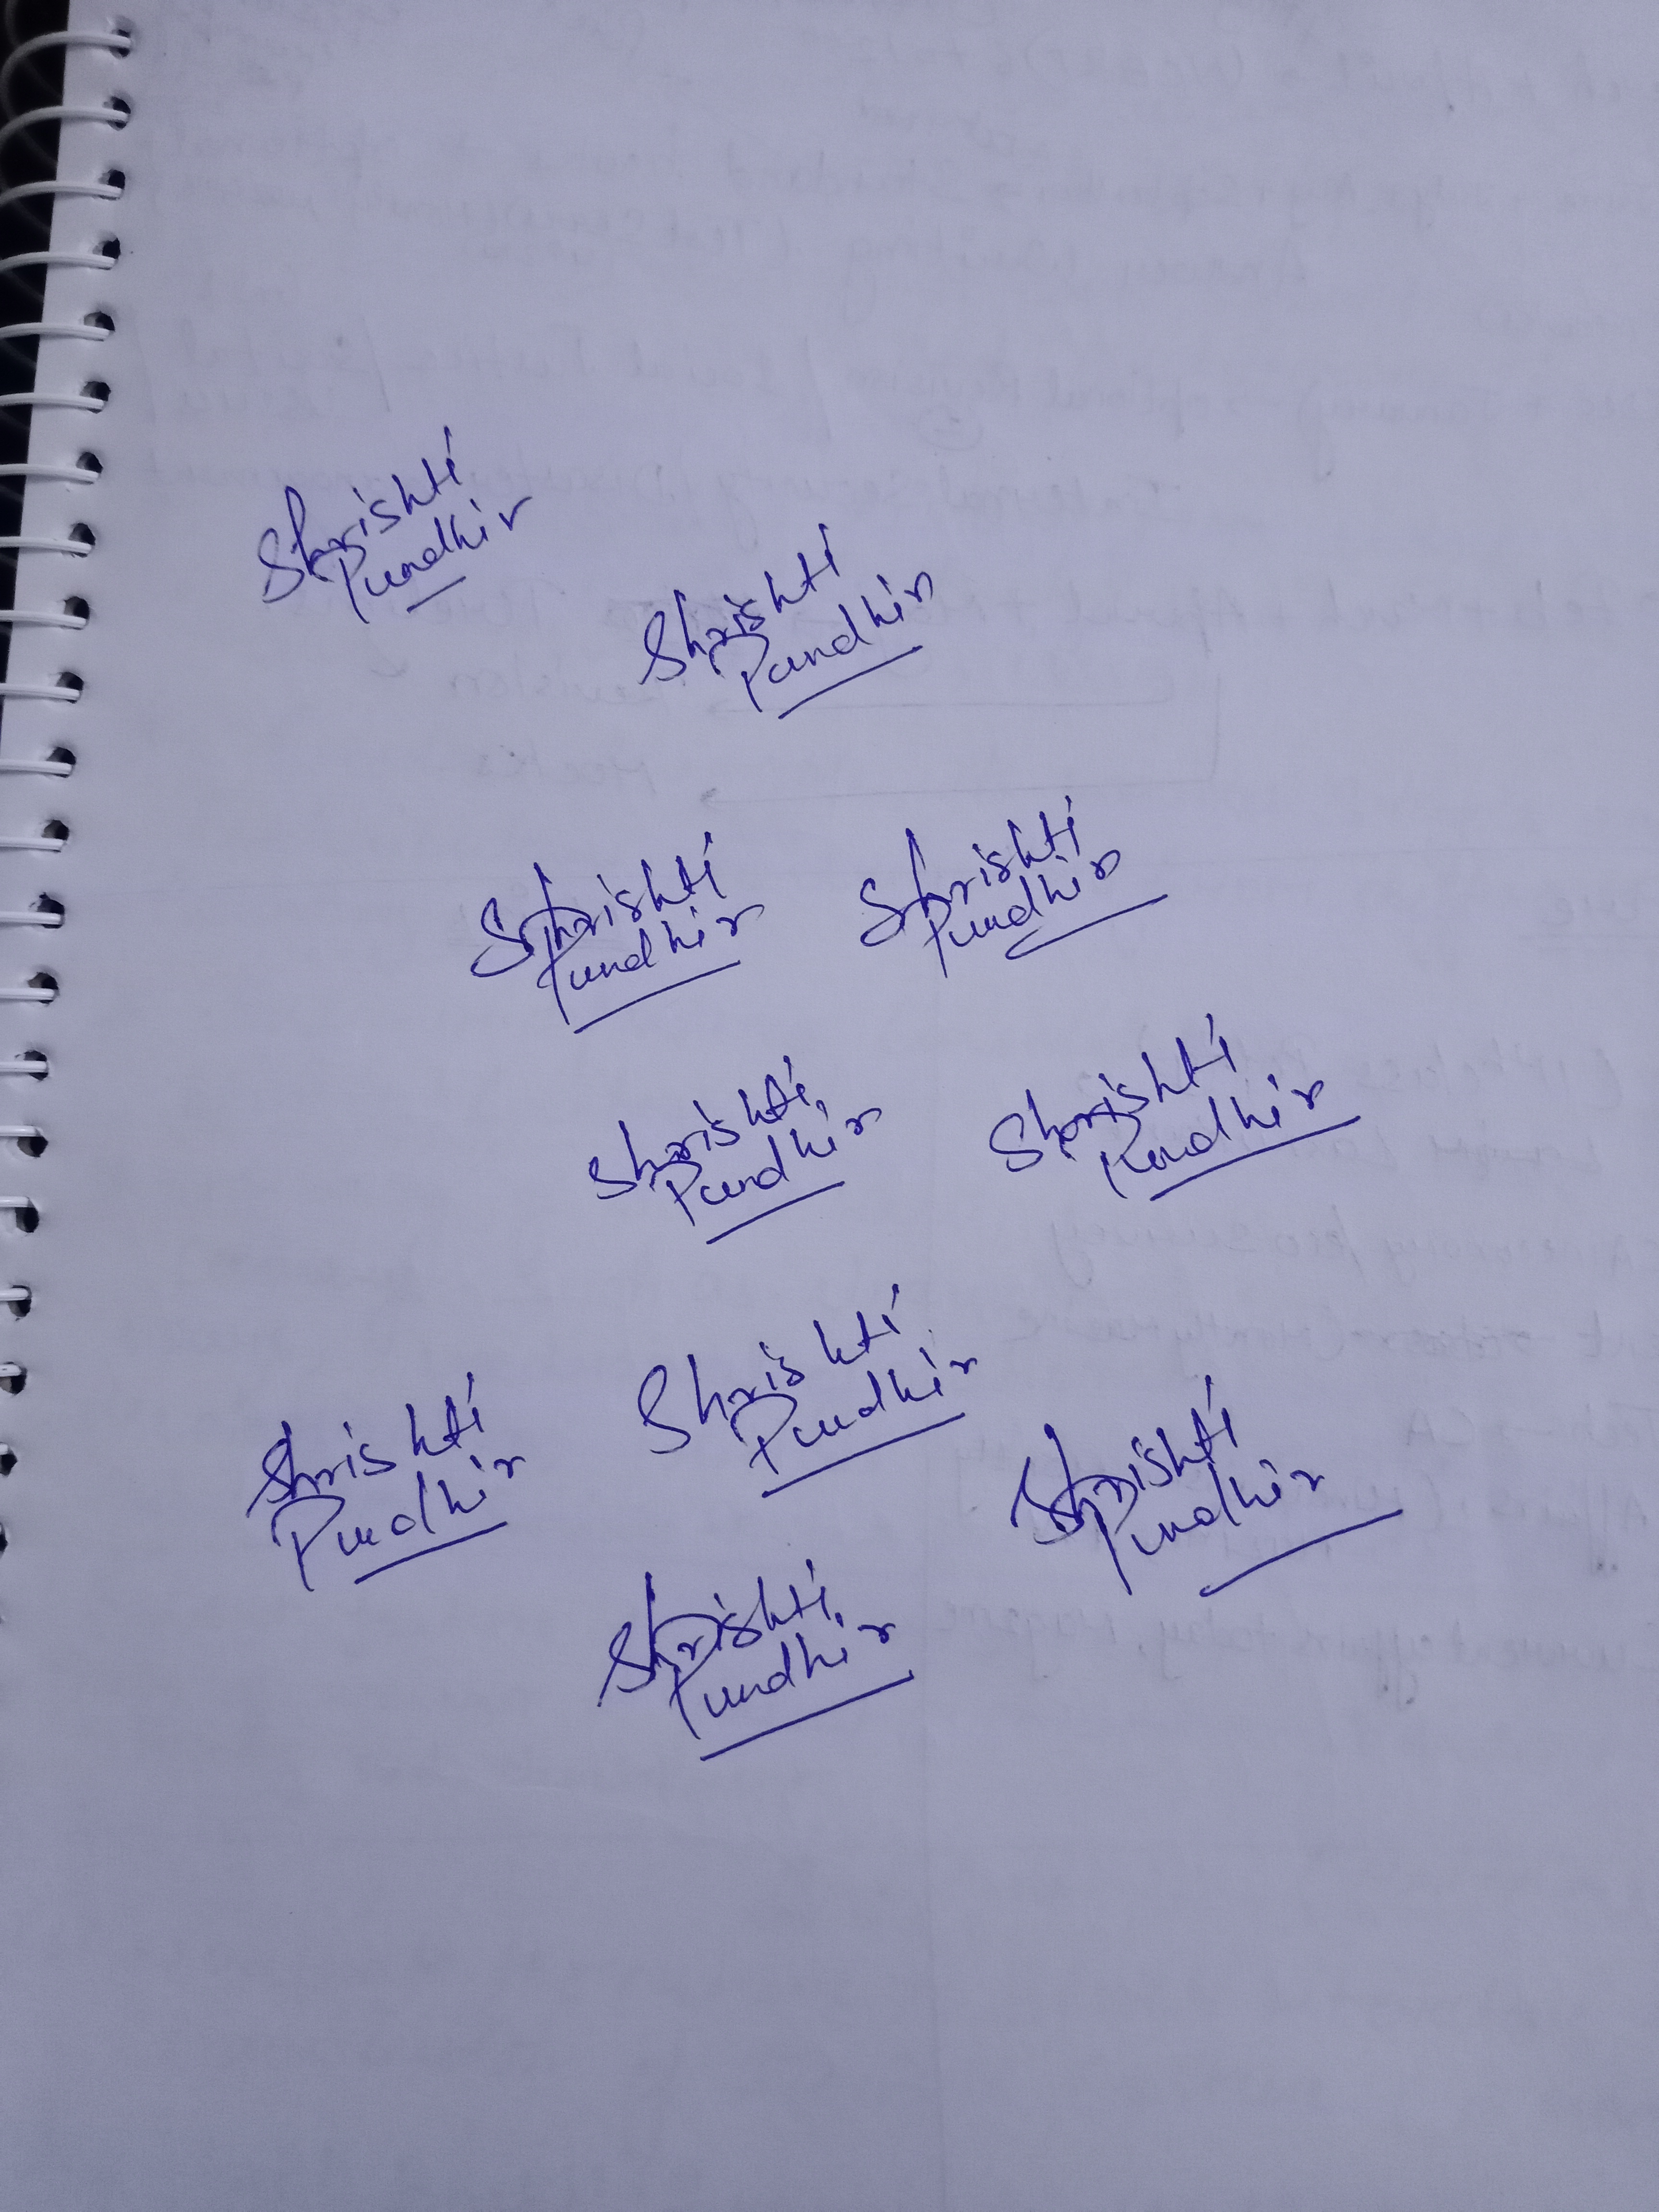
Signature authenticity: genuine